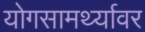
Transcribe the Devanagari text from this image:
योगसामर्थ्यावर